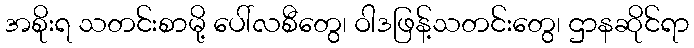
အစိုးရ သတင်းစာမို့ ပေါ်လစီတွေ၊ ဝါဒဖြန့်သတင်းတွေ၊ ဌာနဆိုင်ရာ